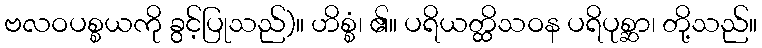
ဗလဝပစ္စယကို ခွင့်ပြုသည်)။ ဟိစ္စံ၊ ၏။ ပရိယတ္ထိသဝန ပရိပုစ္ဆာ၊ တို့သည်။